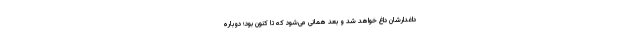
داغدارشان داغ خواهد شد و بعد همانی می‌شود که تا کنون بود؛ دوباره